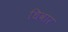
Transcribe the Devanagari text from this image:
धिवार